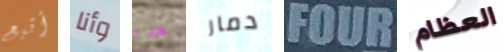
أتبع وأنا هذا دمار FOUR العظام